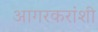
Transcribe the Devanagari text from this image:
आगरकरांशी